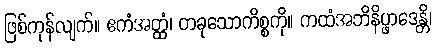
ဖြစ်ကုန်လျက်။ ဧကံအတ္ထံ၊ တခုသောကိစ္စကို။ ကထံအဘိနိပ္ဖာဒေန္တိ၊